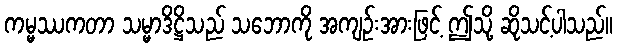
ကမ္မဿကတာ သမ္မာဒိဋ္ဌိသည် သဘောကို အကျဉ်းအားဖြင့် ဤသို့ ဆိုသင့်ပါသည်။